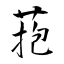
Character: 菢